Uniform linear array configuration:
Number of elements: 24
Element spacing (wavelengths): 0.5
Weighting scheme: blackman
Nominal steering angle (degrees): -15
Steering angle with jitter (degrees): -13.212
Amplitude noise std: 0.05
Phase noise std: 0.05

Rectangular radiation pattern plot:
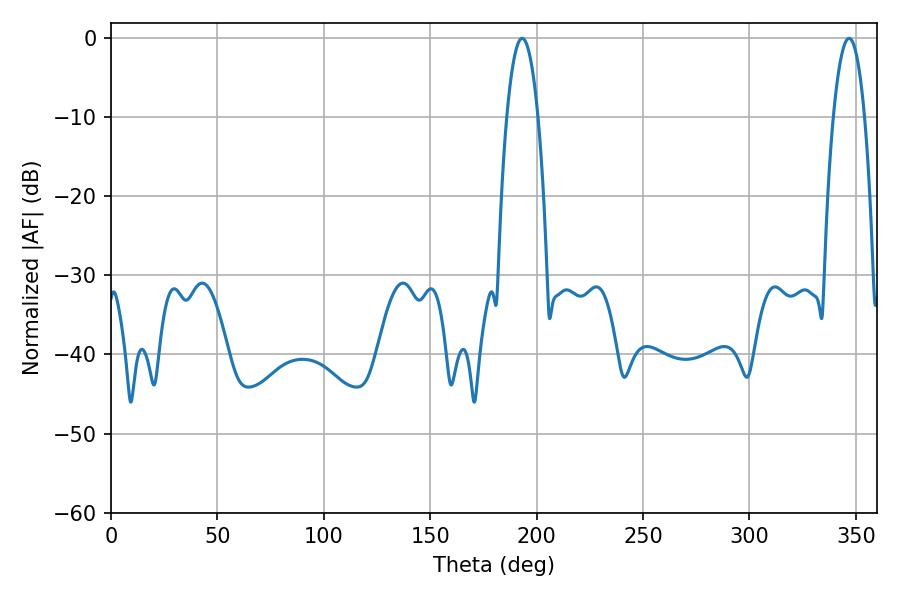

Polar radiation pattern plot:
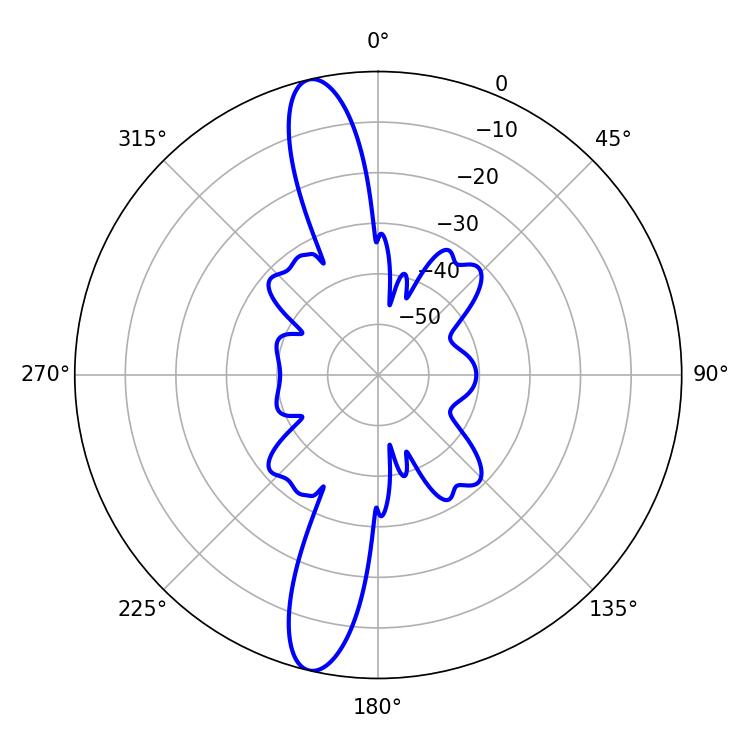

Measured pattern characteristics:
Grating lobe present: FALSE
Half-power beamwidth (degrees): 8.1
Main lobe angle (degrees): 193.14